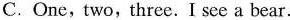
C.One,two, three. I see a bear.